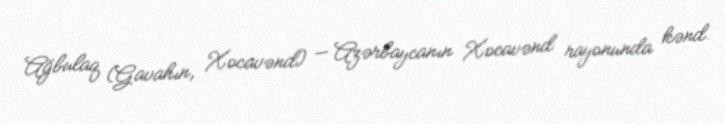
Ağbulaq (Gavahın, Xocavənd) — Azərbaycanın Xocavənd rayonunda kənd.